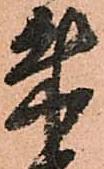
朱